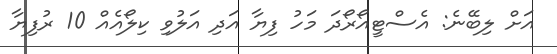
އަށް ލިބޭނެ: އެސްޓީއޯރޯދަ މަހު ފިޔާ އަދި އަލުވި ކިލޯއެއް 10 ރުފިޔާ